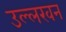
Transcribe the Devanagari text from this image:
उल्लखन